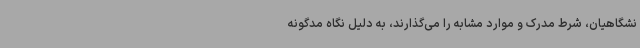
نشگاهیان، شرط مدرک و موارد مشابه را می‌گذارند، به دلیل نگاه مدگونه